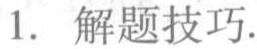
1. 解题技巧.